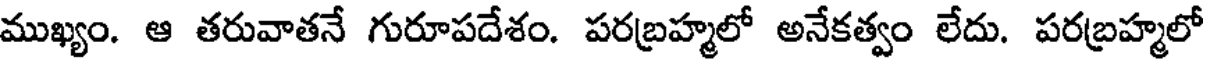
ముఖ్యం. ఆ తరువాతనే గురూపదేశం. పరబ్రహ్మలో అనేకత్వం లేదు. పరబ్రహ్మలో